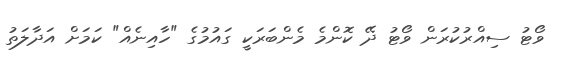
ވޯޓު ސިއްރުކުރަން ވޯޓު ދޭ ކޮންމެ މެންބަރަކީ ގައުމުގެ "ހާއިނެއް" ކަމަށް އަދާލަތު